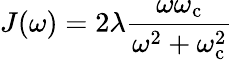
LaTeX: J(\omega)=2\lambda\frac{\omega\omega_{\mathrm{c}}}{\omega^{2}+\omega_{\mathrm{c}}^{2}}